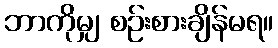
ဘာကိုမျှ စဉ်းစားချိန်မရ။